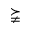
\succneqq